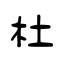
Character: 杜